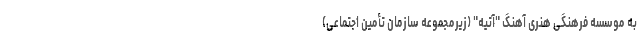
به موسسه فرهنگی هنری آهنگ "آتیه" (زیرمجموعه سازمان تأمین اجتماعی)